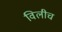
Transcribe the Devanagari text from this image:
विलीच